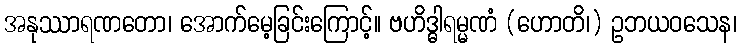
အနုဿာရဏတော၊ အောက်မေ့ခြင်းကြောင့်။ ဗဟိဒ္ဓါရမ္မဏံ (ဟောတိ၊) ဥဘယဝသေန၊